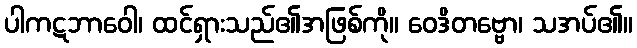
ပါကဋဘာဝေါ၊ ထင်ရှားသည်၏အဖြစ်ကို။ ဝေဒိတဗ္ဗော၊ သအပ်၏။